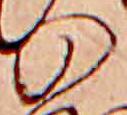
の